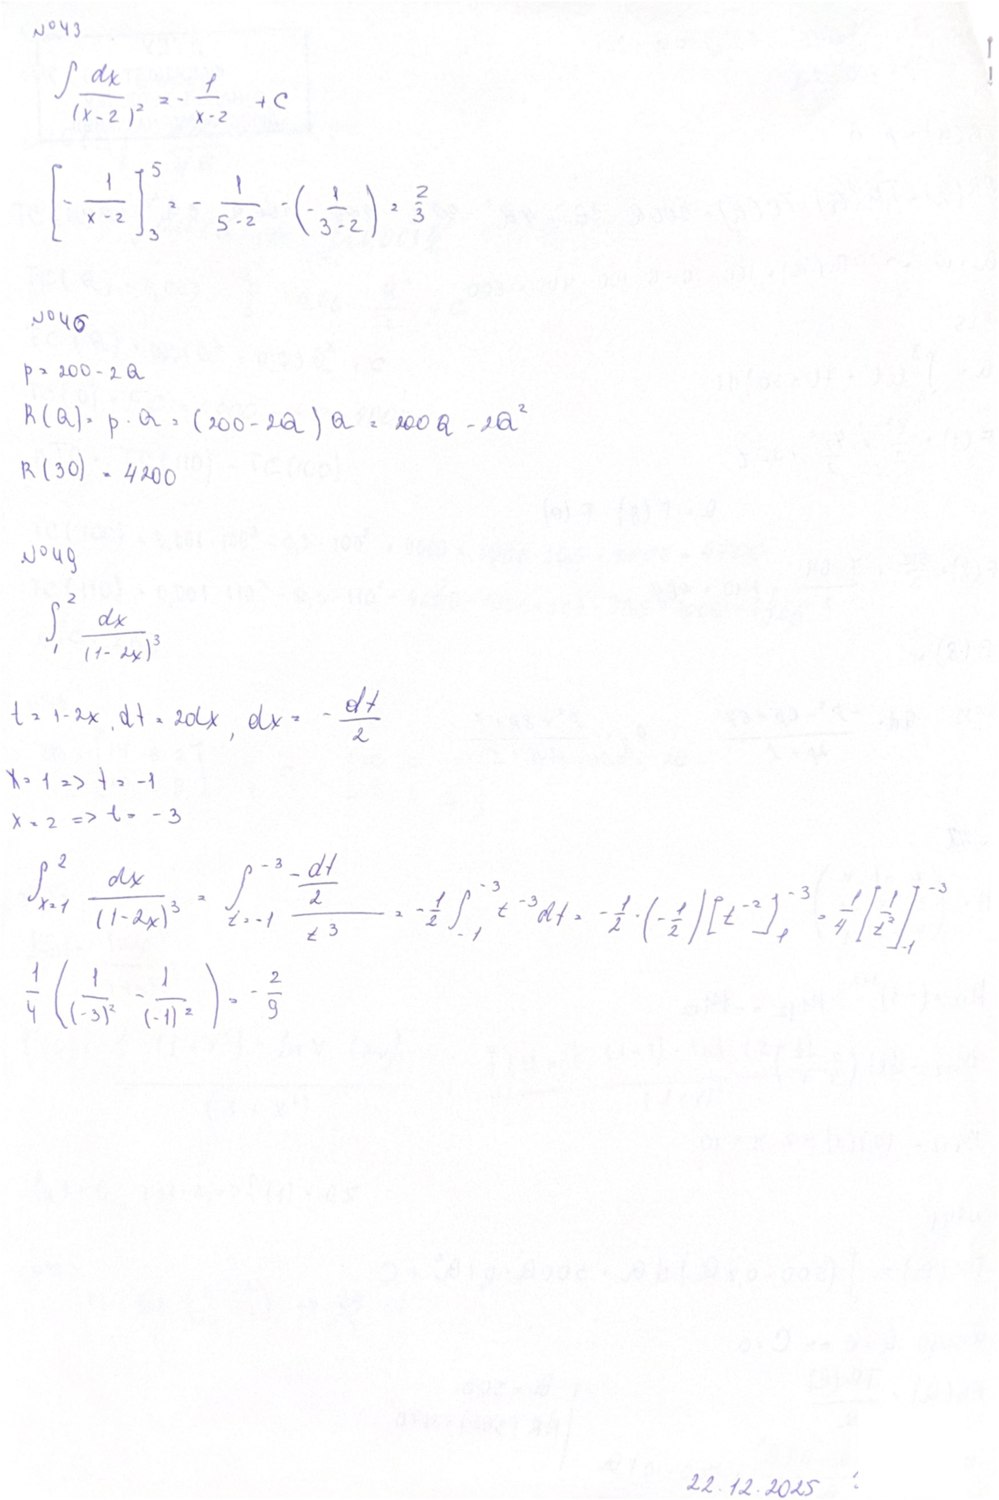
No 43
∫ dx / (x - 2)² = - 1 / (x - 2) + C
[ - 1 / (x - 2) ]_3^5 = - 1 / (5 - 2) - ( - 1 / (3 - 2) ) = 2 / 3
No 46
p = 200 - 2 Q
R(Q) = p · Q = (200 - 2Q) Q = 200 Q - 2Q²
R(30) = 4200
No 49
∫ dx / (1 - 2x){3}
t = 1 - 2x, dt = -2dx, dx = -dt/2
X = 1 => t = -1
x = 2 => t = -3
∫_{x=1}^{2} dx / (1-2x)^3 = ∫_{t=-1}^{-3} (-dt/2) / t^3 = -1/2 ∫_{-1}^{-3} t^{-3} dt = -1/2 * (-1/2) [t^{-2}]_{-1}^{-3} = 1/4 [1/t^2]_{-1}^{-3}
1/4 ( 1/(-3)^2 - 1/(-1)^2 ) = - 2/9
22.12.2025